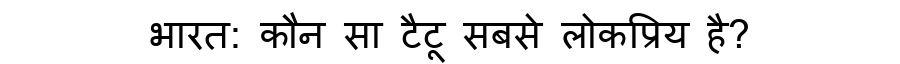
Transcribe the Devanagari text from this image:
भारत: कौन सा टैटू सबसे लोकप्रिय है?